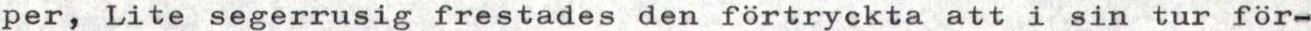
per, Lite segerrusig frestades den förtryckta att i sin tur för-